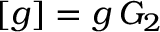
[ g ] = g \, G _ { 2 }